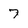
Character: 7